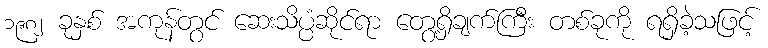
၁၉၈၂ ခုနှစ် အကုန်တွင် ဆေးသိပ္ပံဆိုင်ရာ တွေ့ရှိချက်ကြီး တစ်ခုကို ရရှိခဲ့သဖြင့်